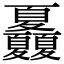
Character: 𡖃